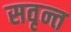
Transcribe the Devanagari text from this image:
सवृन्त